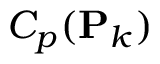
C _ { p } ( \mathbf { P } _ { k } )